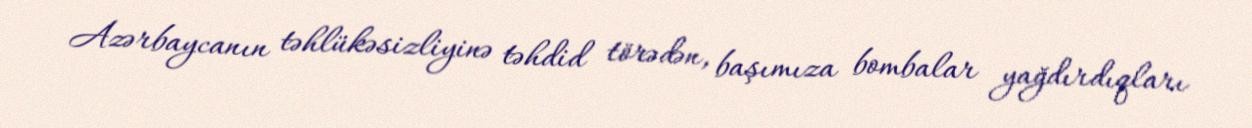
Azərbaycanın təhlükəsizliyinə təhdid törədən, başımıza bombalar yağdırdıqları